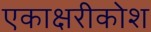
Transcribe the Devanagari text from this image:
एकाक्षरीकोश